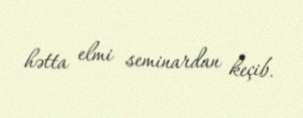
hətta elmi seminardan keçib.